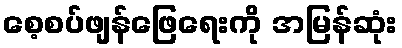
စေ့စပ်ဖျန်ဖြေရေးကို အမြန်ဆုံး